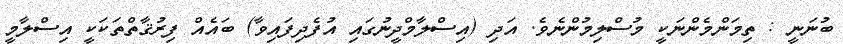
ބުނަނީ : ތިމަންމެންނަކީ މުސްލިމުންނެވެ. އަދި (އިސްލާމްދީނުގައި އުފެދިފައިވާ) ބައެއް ފިރުޤާތްތަކަކީ އިސްލާމީ